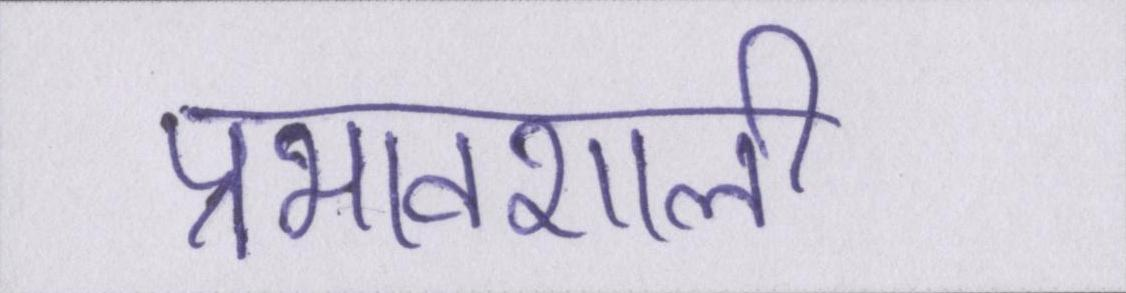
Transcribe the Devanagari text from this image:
प्रभावशाली